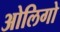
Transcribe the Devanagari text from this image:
ओलिगो